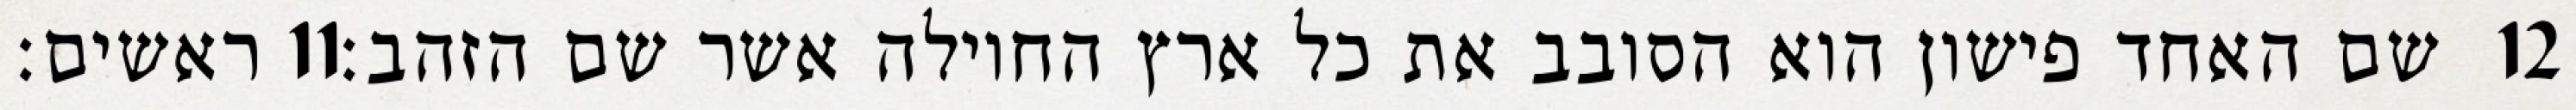
ראשים׃ ‎11‏ שם האחד פישון הוא הסובב את כל ארץ החוילה אשר שם הזהב׃ ‎12‏